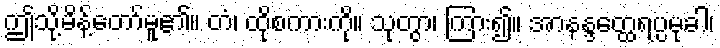
ဤသို့မိန့်တော်မူ၏။ တံ၊ ထိုစကားကို။ သုတွာ၊ ကြား၍။ အာနန္ဒတ္ထေရပ္ပမုခါ၊